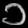
Digit: ၁